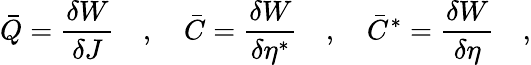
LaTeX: \bar{Q}=\frac{\delta W}{\delta J}\quad,\quad\bar{C}=\frac{\delta W}{\delta\eta^{\ast}}\quad,\quad\bar{C}^{\ast}=\frac{\delta W}{\delta\eta}\quad,